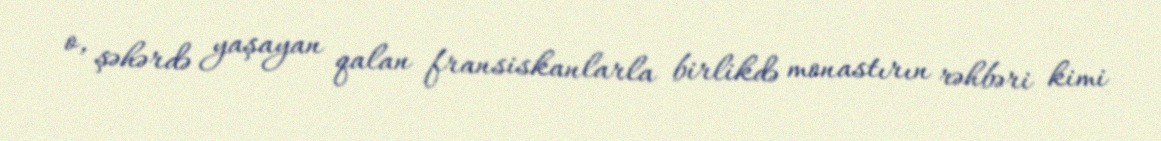
o, şəhərdə yaşayan qalan fransiskanlarla birlikdə monastırın rəhbəri kimi